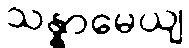
သန္နာမေယျ